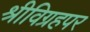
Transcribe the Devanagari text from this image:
श्रीविग्रहपर